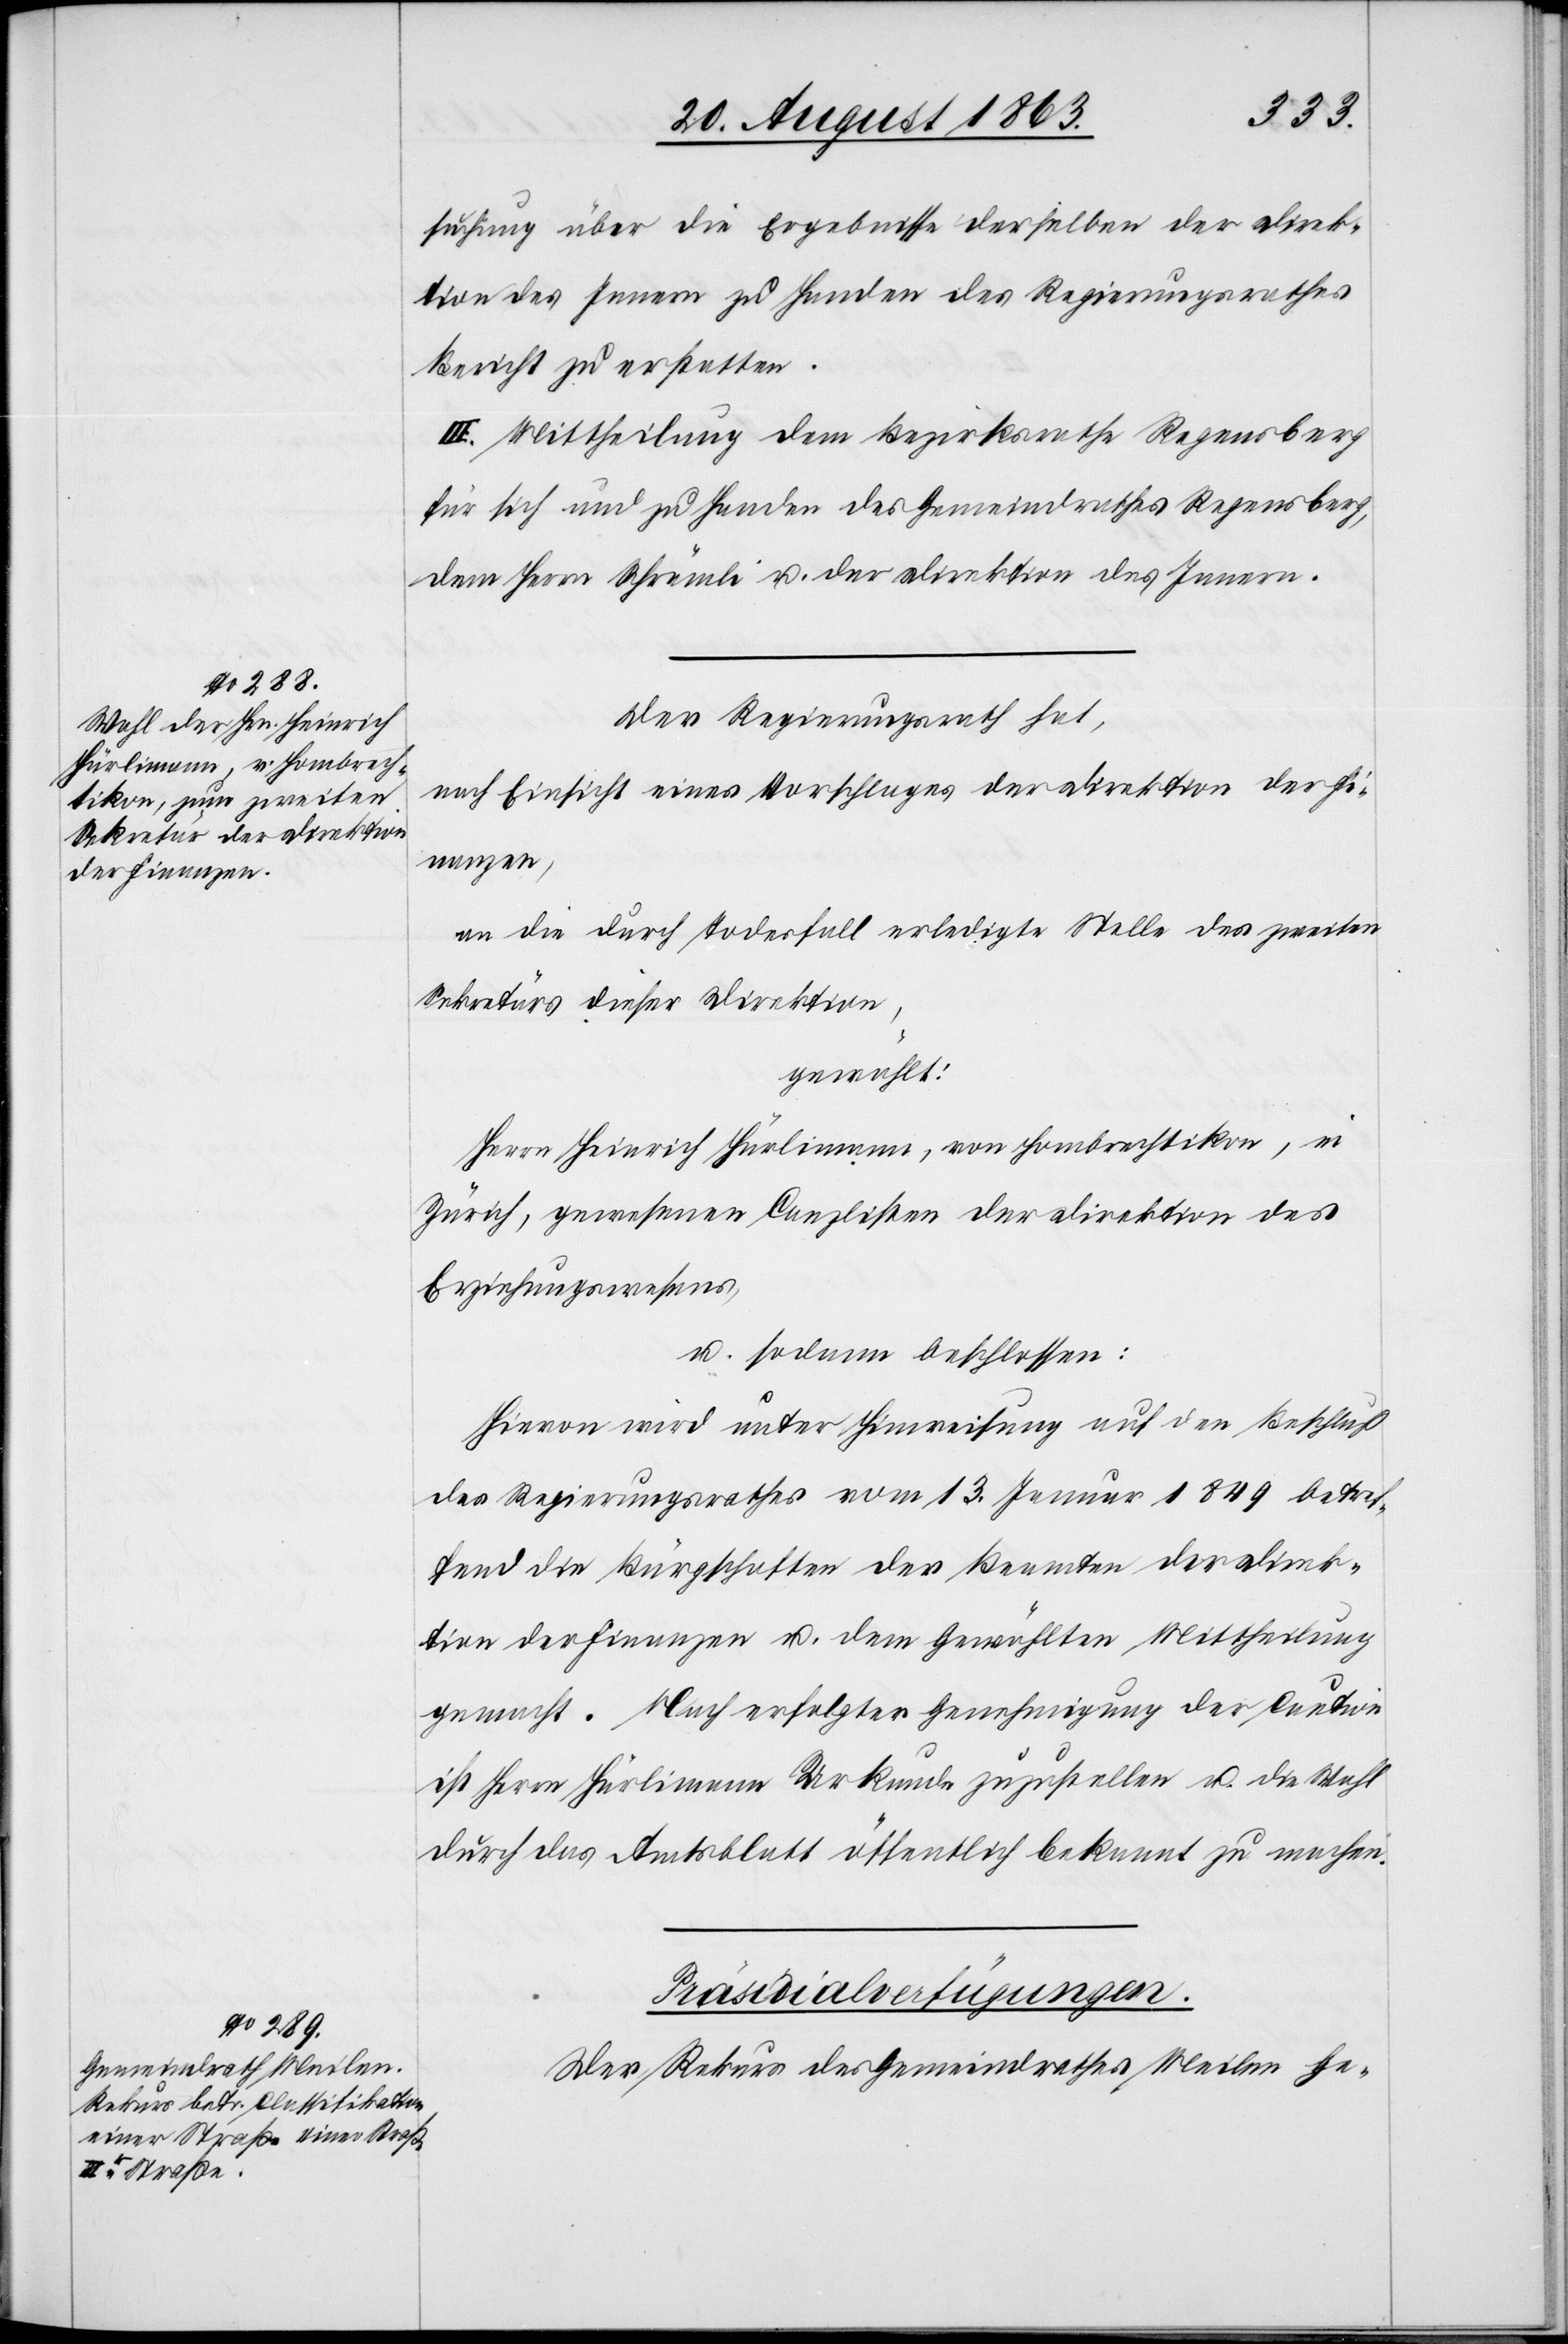
[20. August 1863.]
suchung über die Ergebnisse derselben der Direk¬
tion des Innern zu Handen des Regierungsrathes
Bericht zu erstatten.
III. Mittheilung dem Bezirksrathe Regensberg
für sich und zu Handen des Gemeindrathes Regensberg,
dem Herrn Schrämli u. der Direktion des Innern.
Der Regierungsrath hat,
nach Einsicht eines Antrages der Direktion der Fi¬
nanzen,
an die durch Todesfall erledigte Stelle des zweiten
Sekretärs dieser Direktion,
gewählt:
Herrn Heinrich Hürlimann, von Hombrechtikon, in
Zürich, gewesenen Canzlisten der Direktion des
Erziehungswesens,
u. sodann beschlossen:
Hievon wird unter Hinweisung auf den Beschluß
des Regierungsrathes vom 13. Januar 1849 betref¬
fend die Bürgschaften der Beamten der Direk¬
tion der Finanzen u. dem Gewählten Mittheilung
gemacht. Nach erfolgter Genehmigung der Caution
ist Herrn Hürlimann Urkunde zuzustellen u. die Wahl
durch das Amtsblatt öffentlich bekannt zu machen.
Präsidialverfügungen.
Der Rekurs des Gemeindrathes Meilen ge-